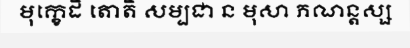
មុក្ខេដិ តោតិ សម្បជា ន មុសា ភណន្តស្ស